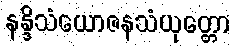
နန္ဒိသံယောဇနသံယုတ္တော